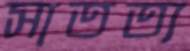
সাতত্য